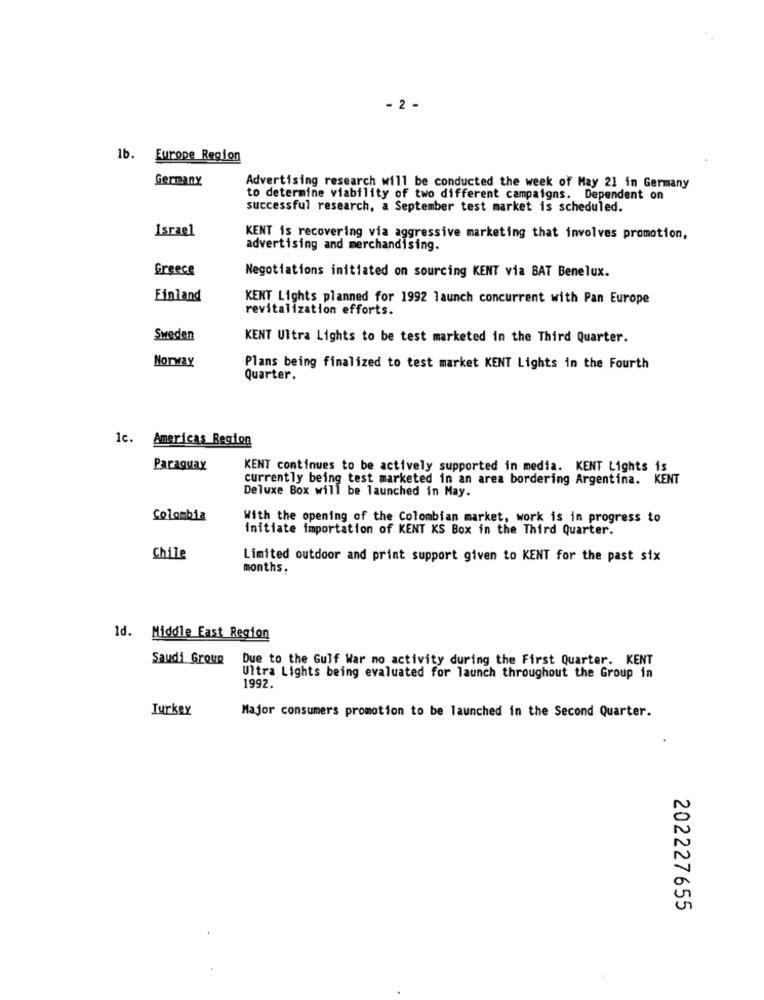
- 2 -
1b. Europe Region
Germany
Advertising research will be conducted the week of May 21 in Germany
to determine viability of two different campaigns. Dependent on
successful research, a September test market is scheduled.
Israel
KENT is recovering via aggressive marketing that involves promotion,
advertising and merchandising.
Greece
Negotiations initiated on sourcing KENT via BAT Benelux.
Finland
KENT Lights planned for 1992 launch concurrent with Pan Europe
revitalization efforts.
Sweden
KENT Ultra Lights to be test marketed in the Third Quarter.
Norway
Plans being finalized to test market KENT Lights in the Fourth
Quarter.
1c. Americas Region
Paraguay
KENT continues to be actively supported in media. KENT Lights is
currently being test marketed in an area bordering Argentina. KENT
Deluxe Box will be launched in May.
Colombia
With the opening of the Colombian market, work is in progress to
initiate importation of KENT KS Box in the Third Quarter.
Chile
Limited outdoor and print support given to KENT for the past six
months.
Id. Middle East Region
Saudi Group
Due to the Gulf War no activity during the First Quarter. KENT
Ultra Lights being evaluated for launch throughout the Group in
1992.
Turkey
Major consumers promotion to be launched in the Second Quarter.
202227655